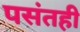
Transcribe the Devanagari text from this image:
पसंतही